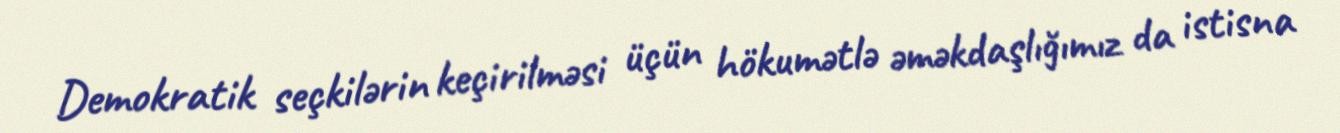
Demokratik seçkilərin keçirilməsi üçün hökumətlə əməkdaşlığımız da istisna